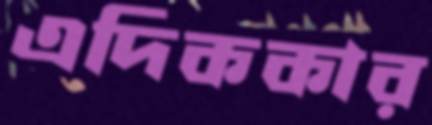
এদিককার